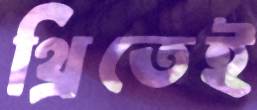
থ্রিতেই